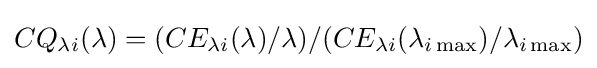
CQ_{\lambda i}(\lambda )=(CE_{\lambda i}(\lambda )/\lambda )/(CE_{\lambda i}(\lambda _{i\,{\text{max}}})/\lambda _{i\,{\text{max}}})